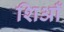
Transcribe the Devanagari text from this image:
शिआँ